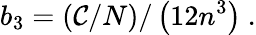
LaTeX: b_{3}=\left(\mathcal{C}/N\right)/\left(12n^{3}\right)\ .